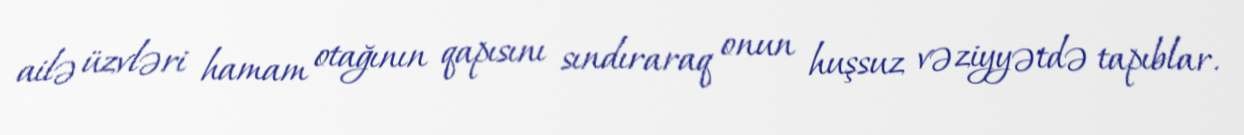
ailə üzvləri hamam otağının qapısını sındıraraq onun huşsuz vəziyyətdə tapıblar.